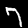
Digit: 7